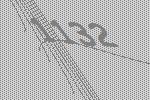
1132